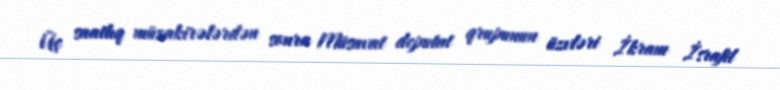
Üç saatlıq müzakirələrdən sonra Müsavat deputat qrupunun üzvləri İkram İsrafil